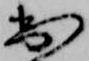
出